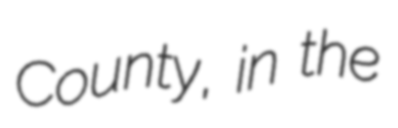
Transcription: County, in the